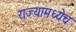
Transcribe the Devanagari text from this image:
राज्यामध्येच